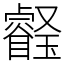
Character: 𤫀